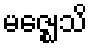
မဇ္ဈေသိ